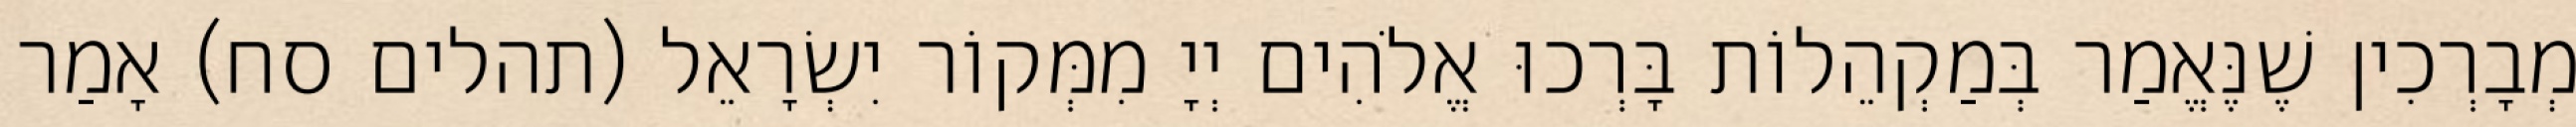
מְבָרְכִין שֶׁנֶּאֱמַר בְּמַקְהֵלוֹת בָּרְכוּ אֱלֹהִים יְיָ מִמְּקוֹר יִשְׂרָאֵל (תהלים סח) אָמַר